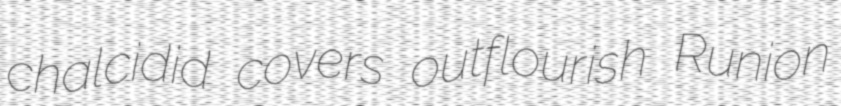
chalcidid covers outflourish Runion